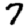
Digit: 7